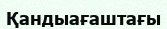
Қандыағаштағы